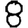
Digit: 8